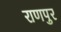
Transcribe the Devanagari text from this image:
राणपुर